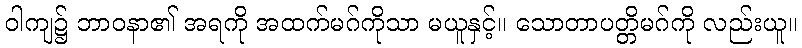
ဝါကျ၌ ဘာဝနာ၏ အရကို အထက်မဂ်ကိုသာ မယူနှင့်။ သောတာပတ္တိမဂ်ကို လည်းယူ။